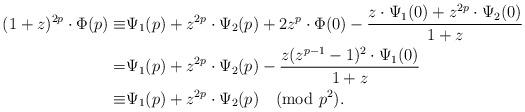
LaTeX: \begin{align*}(1+z)^{2p}\cdot\Phi(p)\equiv&\Psi_1(p)+z^{2p}\cdot\Psi_2(p)+2z^{p}\cdot\Phi(0)-\frac{z\cdot\Psi_1(0)+z^{2p}\cdot\Psi_2(0)}{1+z}\\=&\Psi_1(p)+z^{2p}\cdot\Psi_2(p)-\frac{z(z^{p-1}-1)^2\cdot\Psi_1(0)}{1+z}\\\equiv&\Psi_1(p)+z^{2p}\cdot\Psi_2(p)\pmod{p^2}.\end{align*}